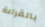
بالقراءة